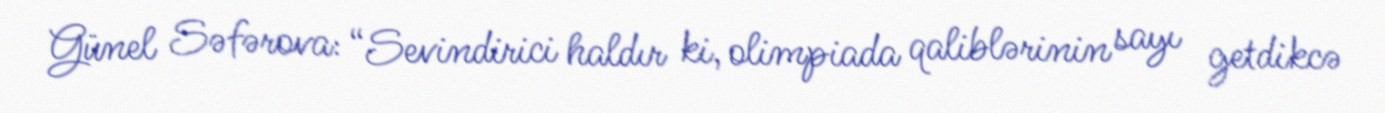
Günel Səfərova: “Sevindirici haldır ki, olimpiada qaliblərinin sayı getdikcə